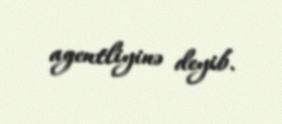
agentliyinə deyib.